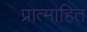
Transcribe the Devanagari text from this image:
प्रात्माहित